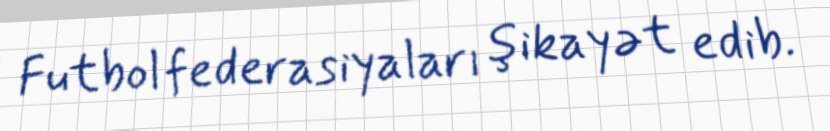
Futbol federasiyaları şikayət edib.